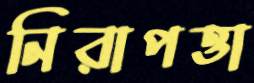
নিরাপত্তা